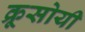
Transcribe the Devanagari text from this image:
क्रूसोयी